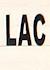
lac